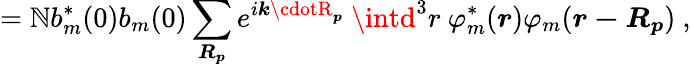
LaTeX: =\mathbb{N}b_{m}^{*}(0)b_{m}(0)\sum_{\boldsymbol{R_{p}}}e^{i{\boldsymbol{k\cdotR_{p}}}}\ \intd^{3}r\ \varphi_{m}^{*}({\boldsymbol{r}})\varphi_{m}({\boldsymbol{r-R_{p}}})\ ,